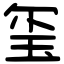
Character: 玺